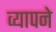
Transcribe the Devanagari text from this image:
व्यापने